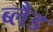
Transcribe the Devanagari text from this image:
ब्लैड